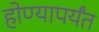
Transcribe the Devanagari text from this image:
होण्यापर्यंत